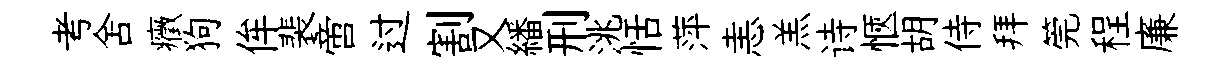
考舍癥狗侔裴啻过割又繙刑洮恬萍恚羔诗愜胡侍拜筦程廉